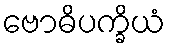
ဗောဓိပက္ခိယံ